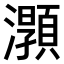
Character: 𤃑